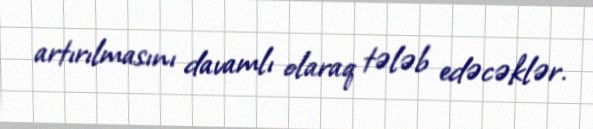
artırılmasını davamlı olaraq tələb edəcəklər.